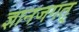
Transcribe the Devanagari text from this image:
ज्ञानजगत्‌